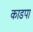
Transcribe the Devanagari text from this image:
काडपा